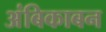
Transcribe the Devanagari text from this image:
अंबिकाबन